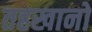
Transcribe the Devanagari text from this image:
तहखानो